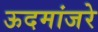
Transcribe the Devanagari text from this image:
ऊदमांजरे